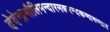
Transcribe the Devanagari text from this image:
देवेन्द्रमौलिमन्दारमकरन्दकणारुणाः।